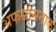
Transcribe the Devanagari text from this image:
अफसोसनाक